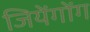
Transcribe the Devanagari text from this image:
जियेंगोंग